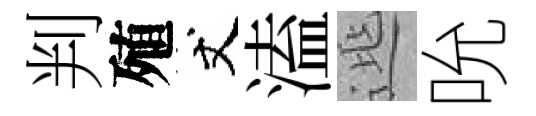
判殖丈溘𨓱吮